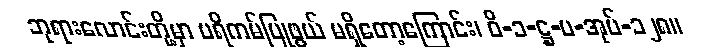
ဘုရားလောင်းတို့မှာ ပရိကမ်ပြုဖွယ် မရှိတော့ကြောင်း၊ ဝိ-၁-ဋ္ဌ-ပ-အုပ်-၁၂၈။